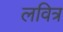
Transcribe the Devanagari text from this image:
लवित्र